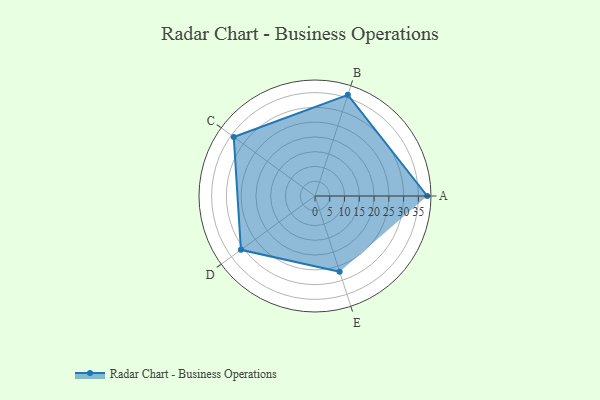
{"axis": {"x": "Skill", "y": "Score"}, "legend": ["Profile"], "data": [{"x": "A", "y": 38.0, "type": "Profile"}, {"x": "B", "y": 36.0, "type": "Profile"}, {"x": "C", "y": 34.0, "type": "Profile"}, {"x": "D", "y": 31.0, "type": "Profile"}, {"x": "E", "y": 27.0, "type": "Profile"}]}